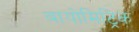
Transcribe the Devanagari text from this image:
बायोमिट्रिक